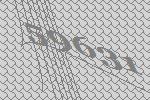
59631